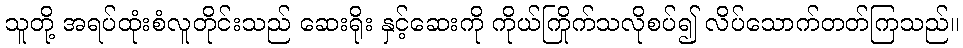
သူတို့ အရပ်ထုံးစံလူတိုင်းသည် ဆေးရိုး နှင့်ဆေးကို ကိုယ်ကြိုက်သလိုစပ်၍ လိပ်သောက်တတ်ကြသည်။